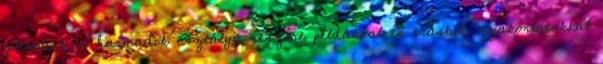
második és harmadik osztálya részére példákkal és írásbeli gyakorlatokkal